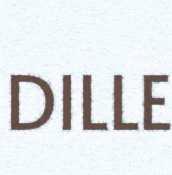
DILLE